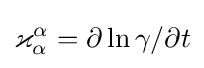
\varkappa _{\alpha }^{\alpha }=\partial \ln \gamma /\partial t